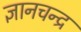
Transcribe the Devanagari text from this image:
ज्ञानचन्द्र